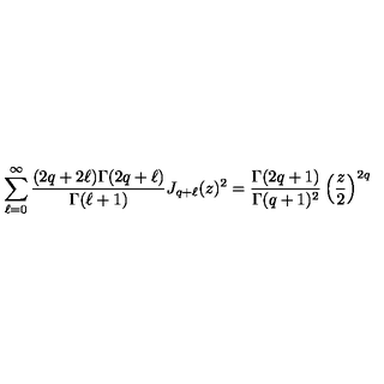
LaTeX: \sum _ { \ell = 0 } ^ { \infty } \frac { ( 2 q + 2 \ell ) \Gamma ( 2 q + \ell ) } { \Gamma ( \ell + 1 ) } J _ { q + \ell } ( z ) ^ { 2 } = \frac { \Gamma ( 2 q + 1 ) } { \Gamma ( q + 1 ) ^ { 2 } } \left( \frac { z } { 2 } \right) ^ { 2 q }